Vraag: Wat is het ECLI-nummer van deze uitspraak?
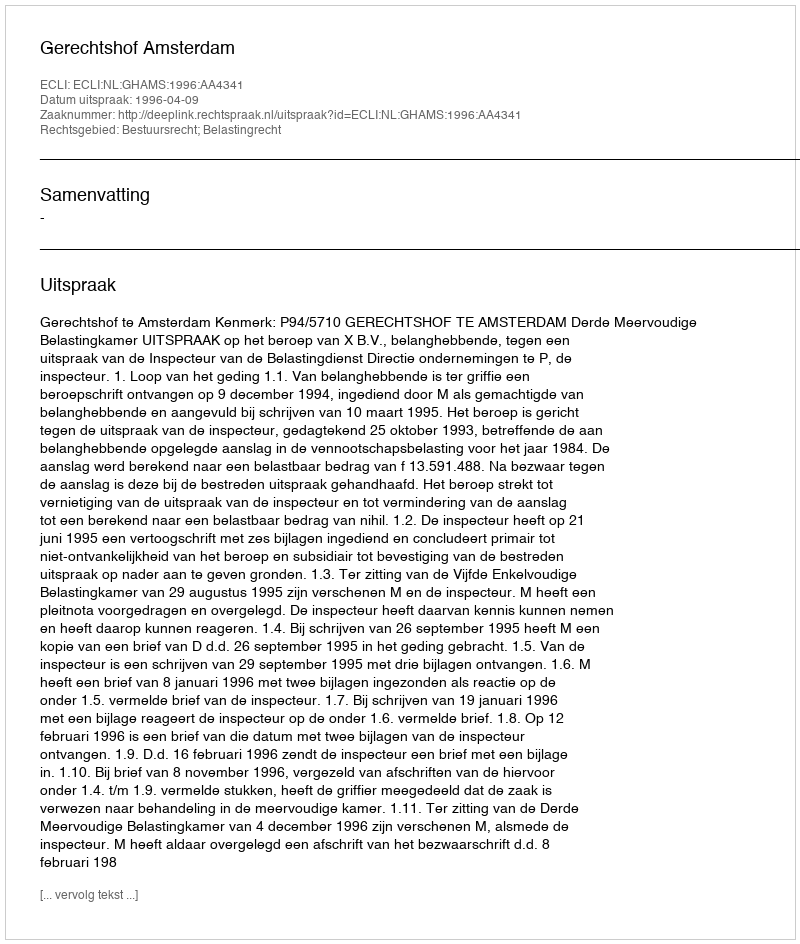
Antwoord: ECLI:NL:GHAMS:1996:AA4341